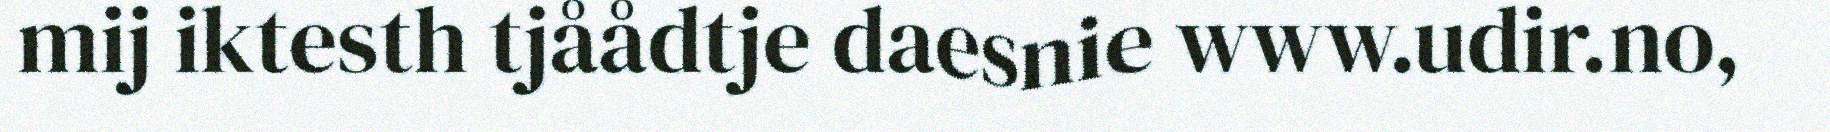
mij iktesth tjåådtje daesnie www.udir.no,